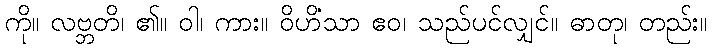
ကို။ လဗ္ဘတိ၊ ၏။ ဝါ၊ ကား။ ဝိဟိံသာ ဧဝ၊ သည်ပင်လျှင်။ ဓာတု၊ တည်း။